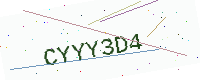
Text: CYYY3D4